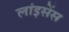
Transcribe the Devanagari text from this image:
लांइसेंस